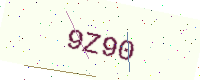
Text: 9Z90